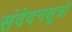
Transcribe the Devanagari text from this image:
संवेदनसूत्रों